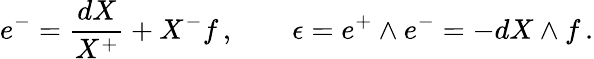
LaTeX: e^{-}=\frac{dX}{X^{+}}+X^{-}f\, ,\qquad\epsilon=e^{+}\wedge e^{-}=-dX\wedge f\, .